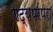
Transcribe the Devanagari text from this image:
गद्यपरंपरा